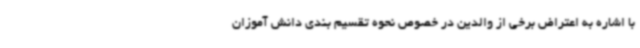
با اشاره به اعتراض برخی از والدین در خصوص نحوه تقسیم بندی دانش آموزان